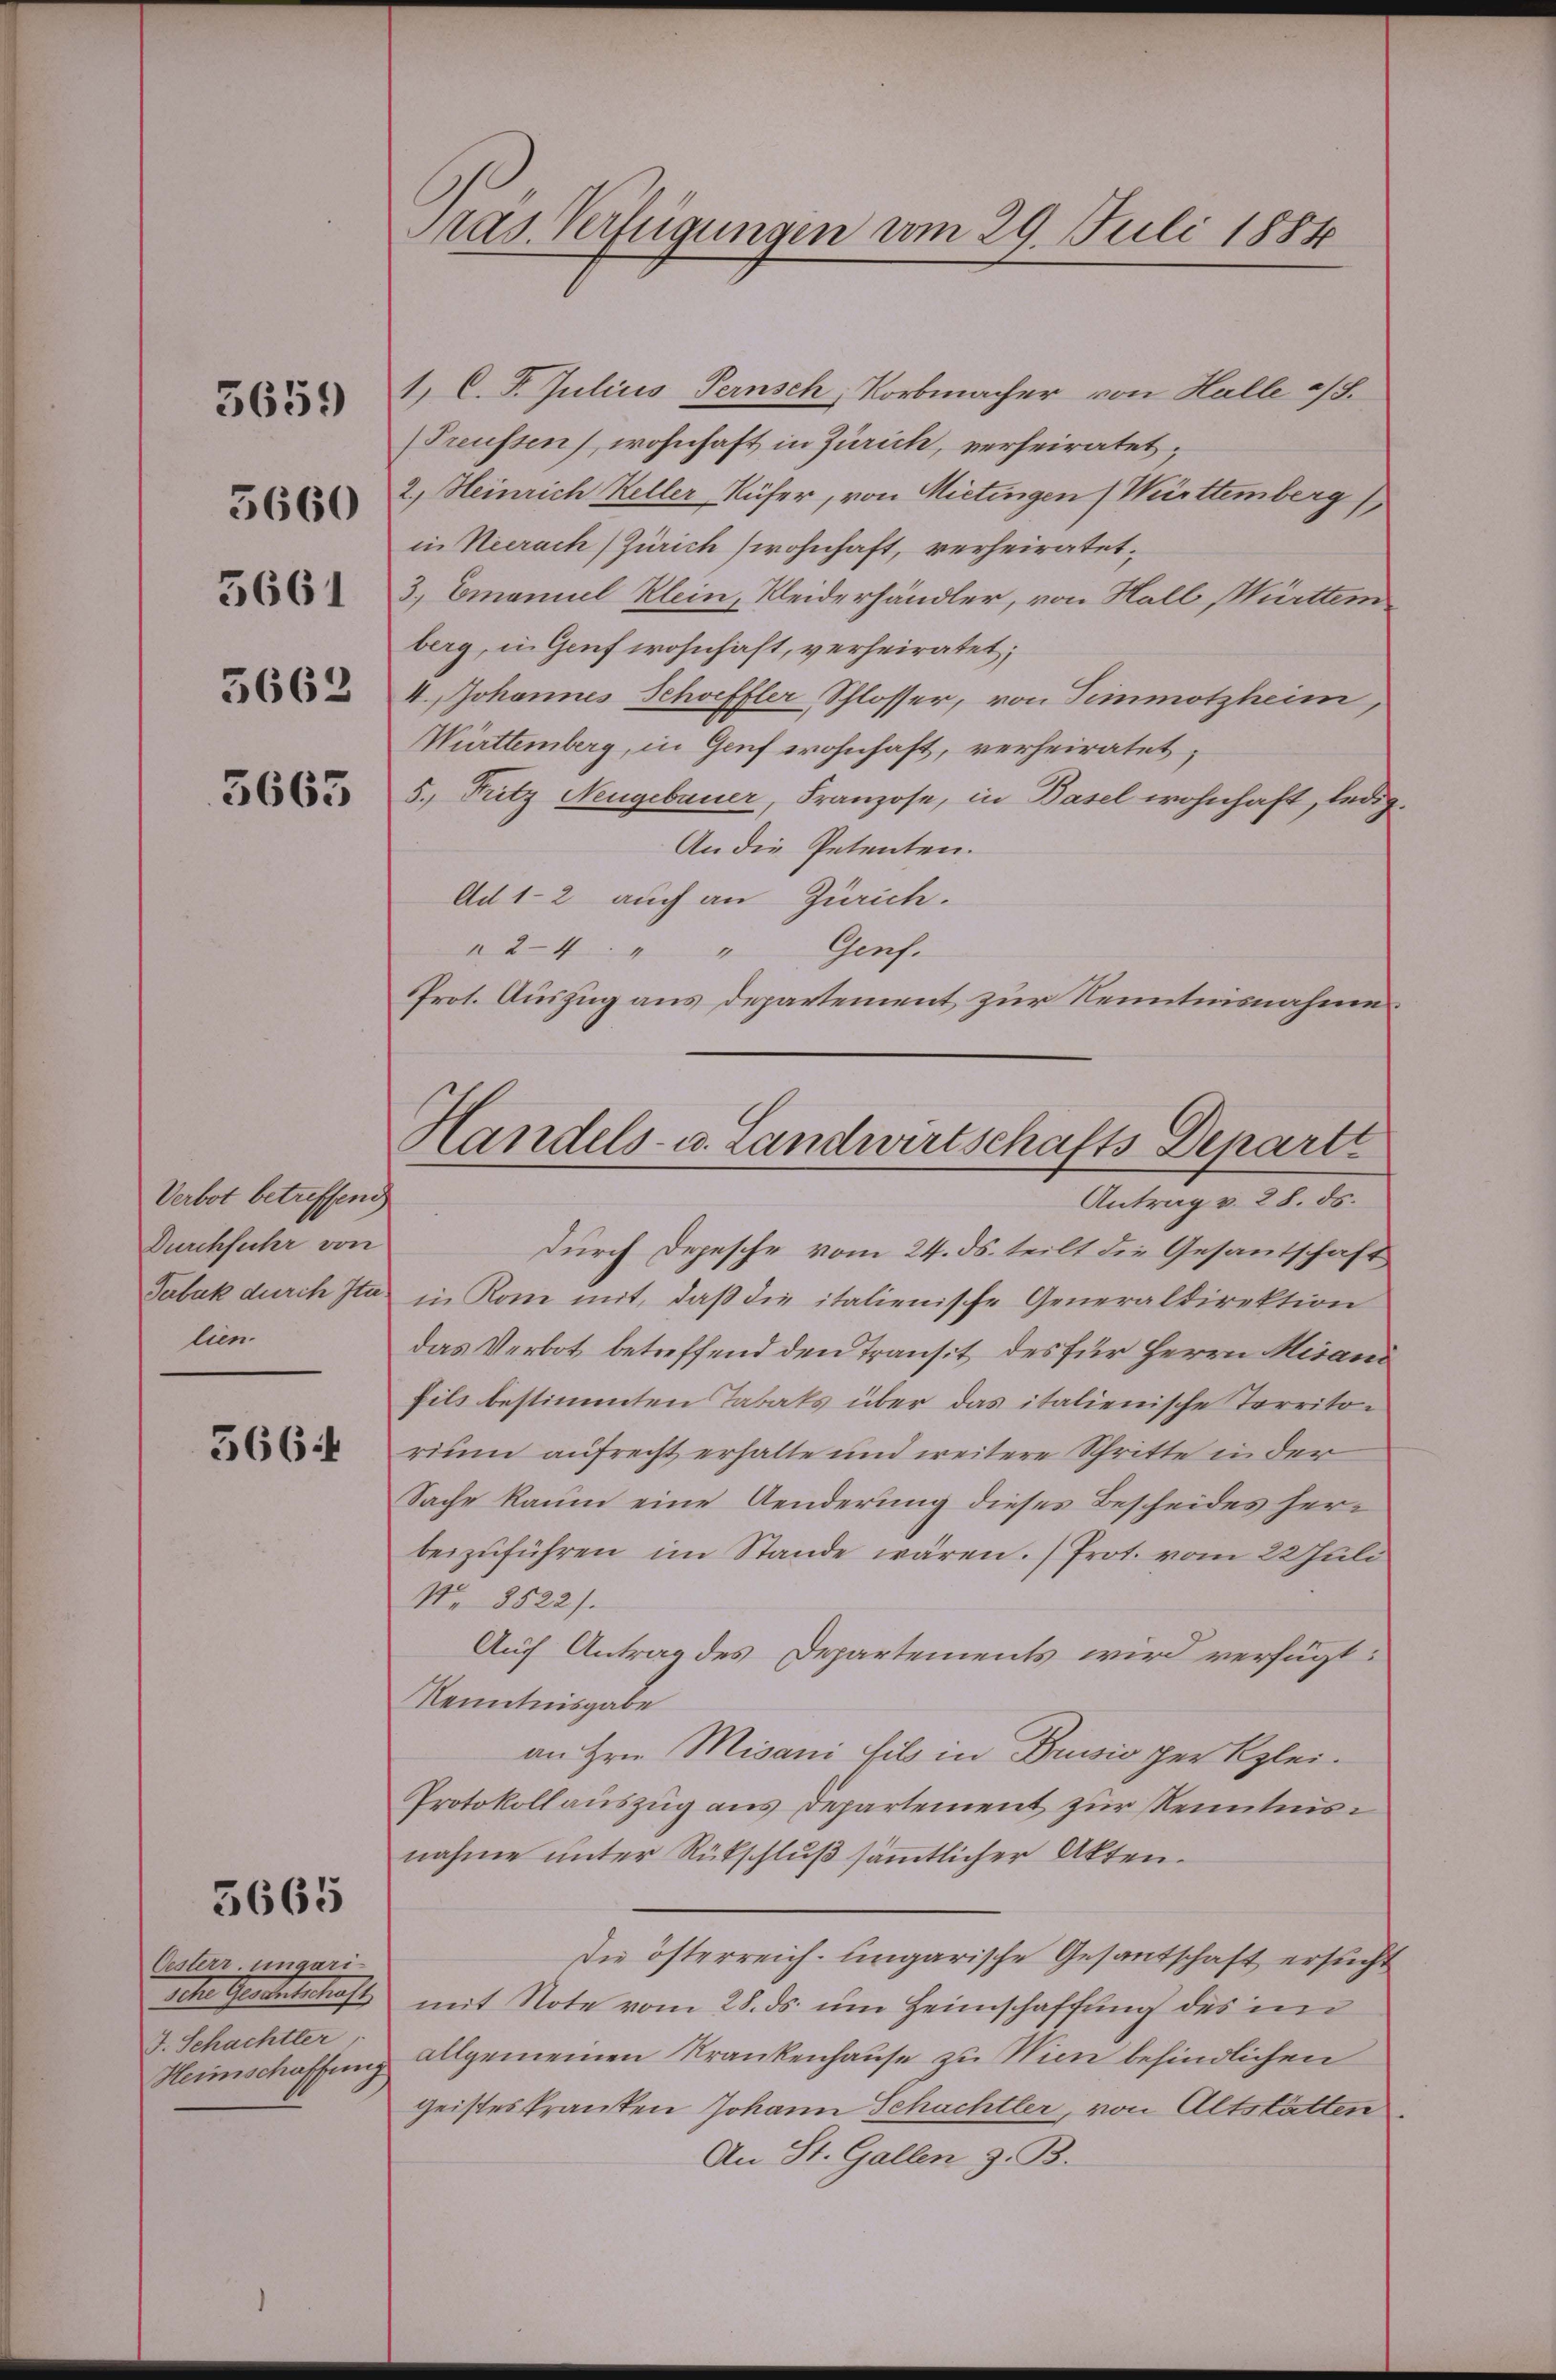
5661

5659

5660

5662

5665

Verbot betreffend
Durchfuhr von
Terbak durch Ita
lien.

366

5665

Oesterr ungari-
eder Gardertschaft
J. Schachtler
Heimschaffen

Pras. Verfügungen vom 29. Juli 1884

Handels- u. Landwirtschafts Departe
Antrag v. 28. ds.

1. C. P. Julius Pernsch, Korbmacher von Halle a/S.
Treussen wohnhaft in Zürich, verheiratet,
2., Heinrich Keller Rüfer, von Mietingen (Württemberg
in Neerach Zürich wohnhaft, verheiratet,
3., Emanuel Klein, Kleiderhändler, von Hall, Württem
berg, in Genf wohnhaft, verheiratet;
I. Johannes Schöffler, Schlosser, von Simmotzheim,
Württemberg, in Genf wohnhaft, verheiratet,
5., Fritz Neugebauer, Franzose, in Basel wohnhaft, ledig
An die Petenten.
Ad 1-2 auch an Zürich.
Genf.
2-4 " "
Prot. Auszug aus Departement zur Kenntnisnahme
durch Depesche vom 24. ds. teilt die Gesantschaft
in Rom mit, daß die italienische Generaldirektion
das Verbot betreffend den Transit des für Herrn Misani
fils bestimmten Tabaks über das italienische Territorium aufrecht erhalte und weitere Schritte in der
Sache kaum eine Aenderung dieses Bescheides herbeizuführen im Stande wären. / Prot. vom 22 Juli
No 8522).
Auf Antrag des Departements wird verfügt:
Kenntnisgabe
an Hrn. Misani fils in Bussio per Klei¬
Protokollauszug aus Departement zur Kenntnis
nahme unter Rückschluß sämmtlicher Akten.
Die österreich-ungarische Gesantschaft ersucht
mit Note vom 28. ds. um Heimschaffung des im
allgemeinen Krankenhause zu Wien befindlichen
geisteskranken Johann Schachtler, von Altstatten
An St. Gallen z. B.